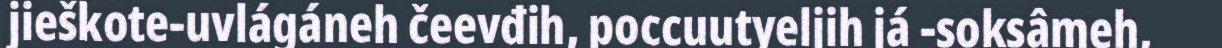
jieškote-uvlágáneh čeevđih, poccuutyeljih já ‑soksâmeh,